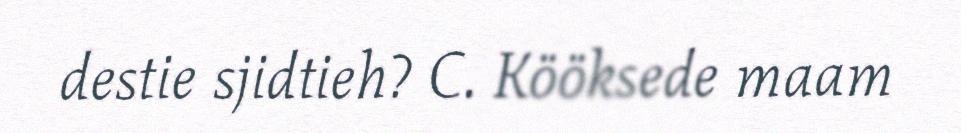
destie sjidtieh? C. Kööksede maam